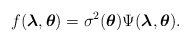
\begin{align*} f(\boldsymbol{\lambda},\boldsymbol{\theta})= \sigma^{2} (\boldsymbol{\theta}) \Psi(\boldsymbol{\lambda}, \boldsymbol{\theta}). \end{align*}